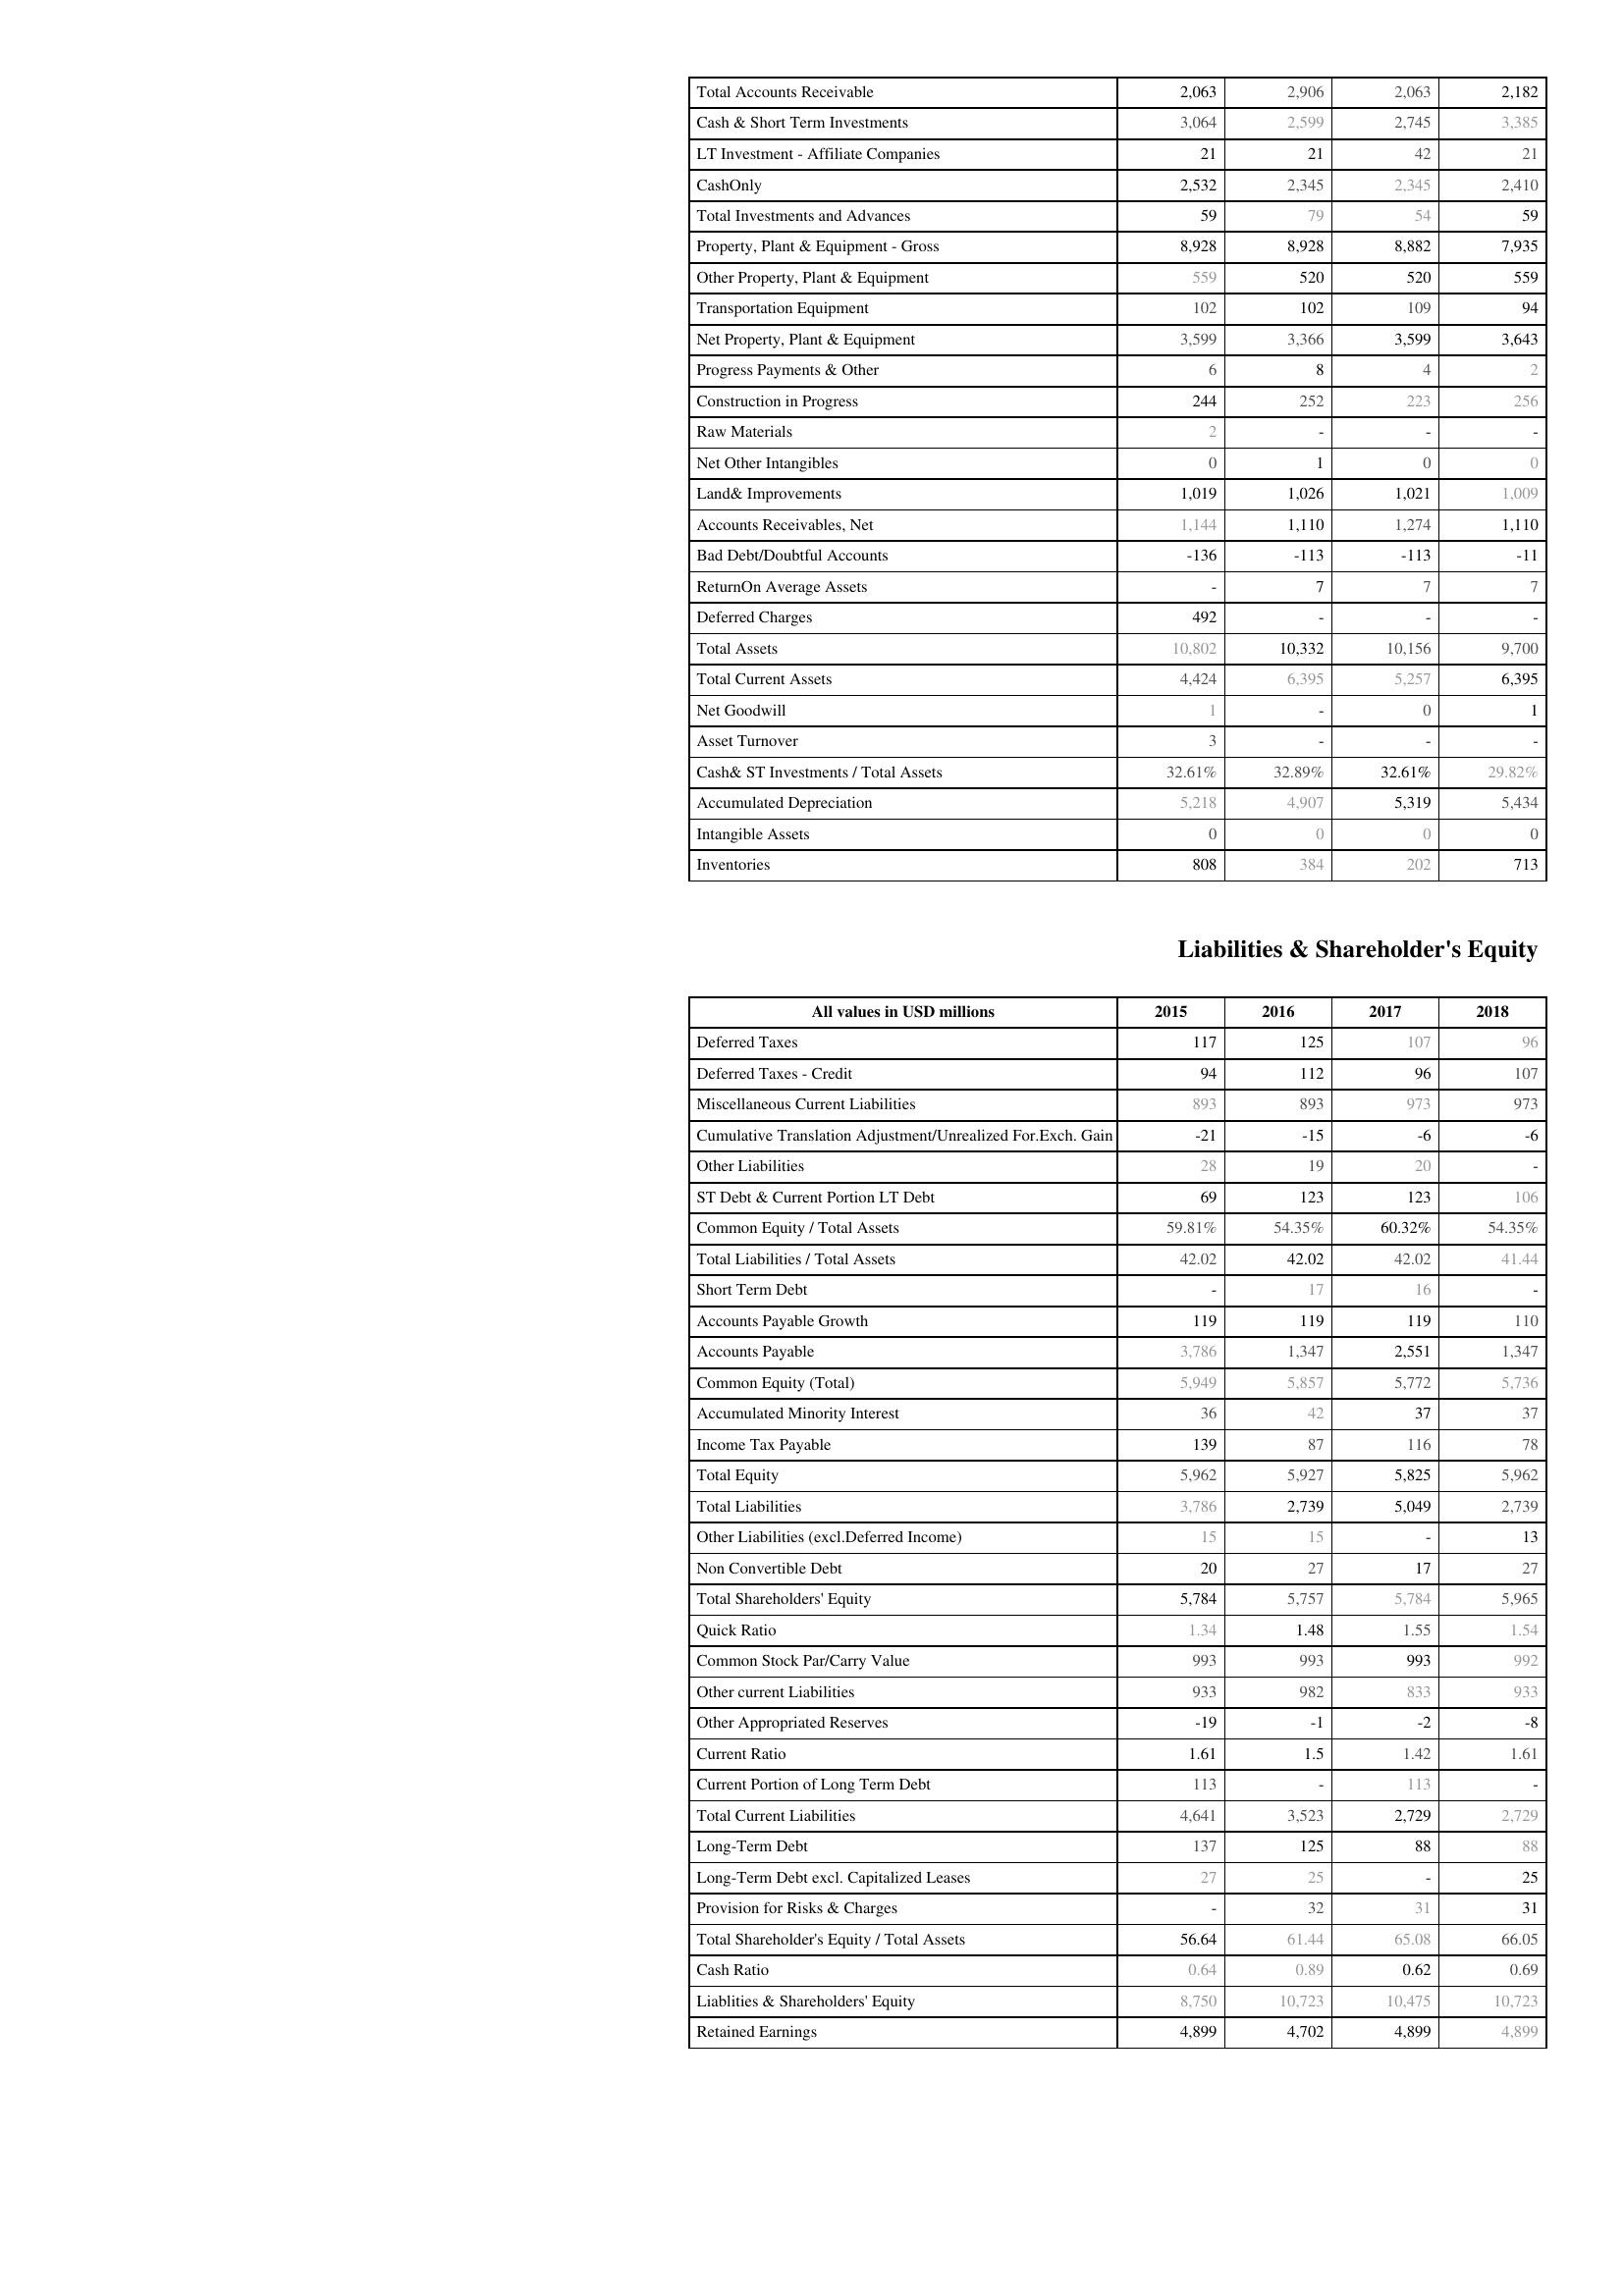
2015: Assets: Total Accounts Receivable: 2,063
Cash & Short Term Investments: 3,064
LT Investment - Affiliate Companies: 21
CashOnly: 2,532
Total Investments and Advances: 59
Property, Plant & Equipment - Gross : 8,928
Other Property, Plant & Equipment: 559
Transportation Equipment: 102
Net Property, Plant & Equipment: 3,599
Progress Payments & Other: 6
Construction in Progress: 244
Raw Materials: 2
Net Other Intangibles: 0
Land& Improvements: 1,019
Accounts Receivables, Net: 1,144
Bad Debt/Doubtful Accounts: -136
ReturnOn Average Assets: -
Deferred Charges: 492
Total Assets: 10,802
Total Current Assets: 4,424
Net Goodwill: 1
Asset Turnover: 3
Cash& ST Investments / Total Assets: 32.61%
Accumulated Depreciation: 5,218
Intangible Assets: 0
Inventories: 808
Liabilities & Shareholder's Equity: Deferred Taxes: 117
Deferred Taxes - Credit: 94
Miscellaneous Current Liabilities: 893
Cumulative Translation Adjustment/Unrealized For.Exch. Gain: -21
Other Liabilities: 28
ST Debt & Current Portion LT Debt: 69
Common Equity / Total Assets: 59.81%
Total Liabilities / Total Assets: 42.02
Short Term Debt: -
Accounts Payable Growth: 119
Accounts Payable: 3,786
Common Equity (Total): 5,949
Accumulated Minority Interest: 36
Income Tax Payable: 139
Total Equity: 5,962
Total Liabilities: 3,786
Other Liabilities (excl.Deferred Income): 15
Non Convertible Debt: 20
Total Shareholders' Equity: 5,784
Quick Ratio: 1.34
Common Stock Par/Carry Value: 993
Other current Liabilities: 933
Other Appropriated Reserves: -19
Current Ratio: 1.61
Current Portion of Long Term Debt: 113
Total Current Liabilities: 4,641
Long-Term Debt: 137
Long-Term Debt excl. Capitalized Leases: 27
Provision for Risks & Charges: -
Total Shareholder's Equity / Total Assets: 56.64
Cash Ratio: 0.64
Liablities & Shareholders' Equity: 8,750
Retained Earnings: 4,899
2016: Assets: Total Accounts Receivable: 2,906
Cash & Short Term Investments: 2,599
LT Investment - Affiliate Companies: 21
CashOnly: 2,345
Total Investments and Advances: 79
Property, Plant & Equipment - Gross : 8,928
Other Property, Plant & Equipment: 520
Transportation Equipment: 102
Net Property, Plant & Equipment: 3,366
Progress Payments & Other: 8
Construction in Progress: 252
Raw Materials: -
Net Other Intangibles: 1
Land& Improvements: 1,026
Accounts Receivables, Net: 1,110
Bad Debt/Doubtful Accounts: -113
ReturnOn Average Assets: 7
Deferred Charges: -
Total Assets: 10,332
Total Current Assets: 6,395
Net Goodwill: -
Asset Turnover: -
Cash& ST Investments / Total Assets: 32.89%
Accumulated Depreciation: 4,907
Intangible Assets: 0
Inventories: 384
Liabilities & Shareholder's Equity: Deferred Taxes: 125
Deferred Taxes - Credit: 112
Miscellaneous Current Liabilities: 893
Cumulative Translation Adjustment/Unrealized For.Exch. Gain: -15
Other Liabilities: 19
ST Debt & Current Portion LT Debt: 123
Common Equity / Total Assets: 54.35%
Total Liabilities / Total Assets: 42.02
Short Term Debt: 17
Accounts Payable Growth: 119
Accounts Payable: 1,347
Common Equity (Total): 5,857
Accumulated Minority Interest: 42
Income Tax Payable: 87
Total Equity: 5,927
Total Liabilities: 2,739
Other Liabilities (excl.Deferred Income): 15
Non Convertible Debt: 27
Total Shareholders' Equity: 5,757
Quick Ratio: 1.48
Common Stock Par/Carry Value: 993
Other current Liabilities: 982
Other Appropriated Reserves: -1
Current Ratio: 1.5
Current Portion of Long Term Debt: -
Total Current Liabilities: 3,523
Long-Term Debt: 125
Long-Term Debt excl. Capitalized Leases: 25
Provision for Risks & Charges: 32
Total Shareholder's Equity / Total Assets: 61.44
Cash Ratio: 0.89
Liablities & Shareholders' Equity: 10,723
Retained Earnings: 4,702
2017: Assets: Total Accounts Receivable: 2,063
Cash & Short Term Investments: 2,745
LT Investment - Affiliate Companies: 42
CashOnly: 2,345
Total Investments and Advances: 54
Property, Plant & Equipment - Gross : 8,882
Other Property, Plant & Equipment: 520
Transportation Equipment: 109
Net Property, Plant & Equipment: 3,599
Progress Payments & Other: 4
Construction in Progress: 223
Raw Materials: -
Net Other Intangibles: 0
Land& Improvements: 1,021
Accounts Receivables, Net: 1,274
Bad Debt/Doubtful Accounts: -113
ReturnOn Average Assets: 7
Deferred Charges: -
Total Assets: 10,156
Total Current Assets: 5,257
Net Goodwill: 0
Asset Turnover: -
Cash& ST Investments / Total Assets: 32.61%
Accumulated Depreciation: 5,319
Intangible Assets: 0
Inventories: 202
Liabilities & Shareholder's Equity: Deferred Taxes: 107
Deferred Taxes - Credit: 96
Miscellaneous Current Liabilities: 973
Cumulative Translation Adjustment/Unrealized For.Exch. Gain: -6
Other Liabilities: 20
ST Debt & Current Portion LT Debt: 123
Common Equity / Total Assets: 60.32%
Total Liabilities / Total Assets: 42.02
Short Term Debt: 16
Accounts Payable Growth: 119
Accounts Payable: 2,551
Common Equity (Total): 5,772
Accumulated Minority Interest: 37
Income Tax Payable: 116
Total Equity: 5,825
Total Liabilities: 5,049
Other Liabilities (excl.Deferred Income): -
Non Convertible Debt: 17
Total Shareholders' Equity: 5,784
Quick Ratio: 1.55
Common Stock Par/Carry Value: 993
Other current Liabilities: 833
Other Appropriated Reserves: -2
Current Ratio: 1.42
Current Portion of Long Term Debt: 113
Total Current Liabilities: 2,729
Long-Term Debt: 88
Long-Term Debt excl. Capitalized Leases: -
Provision for Risks & Charges: 31
Total Shareholder's Equity / Total Assets: 65.08
Cash Ratio: 0.62
Liablities & Shareholders' Equity: 10,475
Retained Earnings: 4,899
2018: Assets: Total Accounts Receivable: 2,182
Cash & Short Term Investments: 3,385
LT Investment - Affiliate Companies: 21
CashOnly: 2,410
Total Investments and Advances: 59
Property, Plant & Equipment - Gross : 7,935
Other Property, Plant & Equipment: 559
Transportation Equipment: 94
Net Property, Plant & Equipment: 3,643
Progress Payments & Other: 2
Construction in Progress: 256
Raw Materials: -
Net Other Intangibles: 0
Land& Improvements: 1,009
Accounts Receivables, Net: 1,110
Bad Debt/Doubtful Accounts: -11
ReturnOn Average Assets: 7
Deferred Charges: -
Total Assets: 9,700
Total Current Assets: 6,395
Net Goodwill: 1
Asset Turnover: -
Cash& ST Investments / Total Assets: 29.82%
Accumulated Depreciation: 5,434
Intangible Assets: 0
Inventories: 713
Liabilities & Shareholder's Equity: Deferred Taxes: 96
Deferred Taxes - Credit: 107
Miscellaneous Current Liabilities: 973
Cumulative Translation Adjustment/Unrealized For.Exch. Gain: -6
Other Liabilities: -
ST Debt & Current Portion LT Debt: 106
Common Equity / Total Assets: 54.35%
Total Liabilities / Total Assets: 41.44
Short Term Debt: -
Accounts Payable Growth: 110
Accounts Payable: 1,347
Common Equity (Total): 5,736
Accumulated Minority Interest: 37
Income Tax Payable: 78
Total Equity: 5,962
Total Liabilities: 2,739
Other Liabilities (excl.Deferred Income): 13
Non Convertible Debt: 27
Total Shareholders' Equity: 5,965
Quick Ratio: 1.54
Common Stock Par/Carry Value: 992
Other current Liabilities: 933
Other Appropriated Reserves: -8
Current Ratio: 1.61
Current Portion of Long Term Debt: -
Total Current Liabilities: 2,729
Long-Term Debt: 88
Long-Term Debt excl. Capitalized Leases: 25
Provision for Risks & Charges: 31
Total Shareholder's Equity / Total Assets: 66.05
Cash Ratio: 0.69
Liablities & Shareholders' Equity: 10,723
Retained Earnings: 4,899